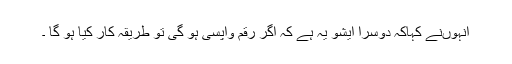
انہوںنے کہاکہ دوسرا ایشو یہ ہے کہ اگر رقم واپسی ہو گی تو طریقہ کار کیا ہو گا ۔